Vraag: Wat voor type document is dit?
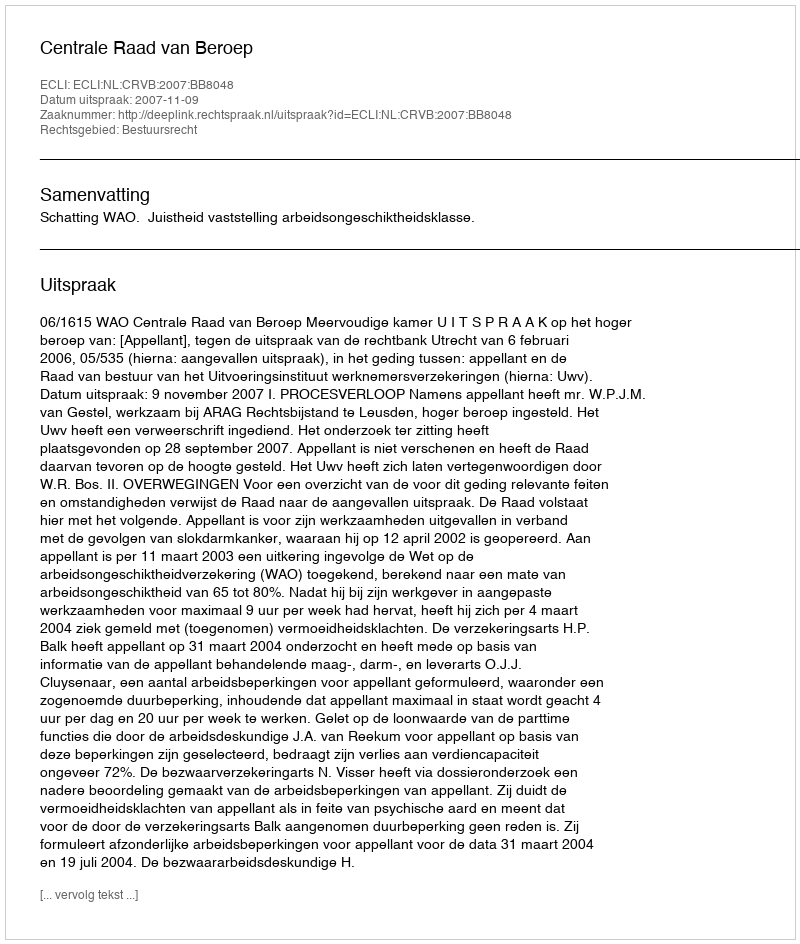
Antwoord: Uitspraak